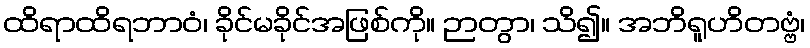
ထိရာထိရဘာဝံ၊ ခိုင်မခိုင်အဖြစ်ကို။ ဉာတွာ၊ သိ၍။ အဘိရူဟိတဗ္ဗံ၊